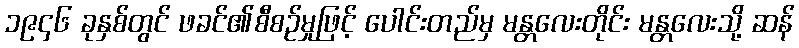
၁၉၄၆ ခုနှစ်တွင် ဖခင်၏စီစဉ်မှုဖြင့် ပေါင်းတည်မှ မန္တလေးတိုင်း မန္တလေးသို့ ဆန်